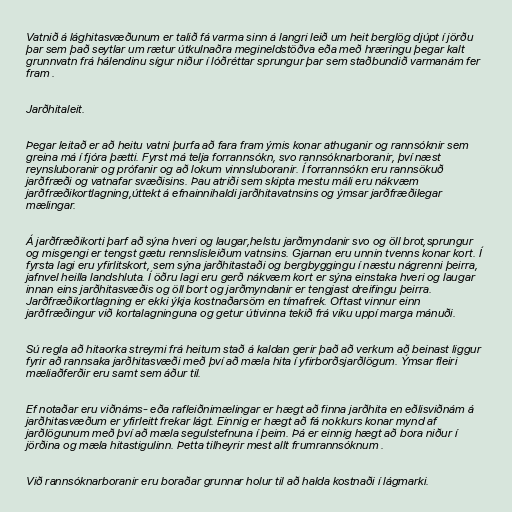
Vatnið á lághitasvæðunum er talið fá varma sinn á langri leið um heit berglög djúpt í jörðu
þar sem það seytlar um rætur útkulnaðra megineldstöðva eða með hræringu þegar kalt
grunnvatn frá hálendinu sígur niður í lóðréttar sprungur þar sem staðbundið varmanám fer
fram .

Jarðhitaleit.

Þegar leitað er að heitu vatni þurfa að fara fram ýmis konar athuganir og rannsóknir sem
greina má í fjóra þætti. Fyrst má telja forrannsókn, svo rannsóknarboranir, því næst
reynsluboranir og prófanir og að lokum vinnsluboranir. Í forrannsókn eru rannsökuð
jarðfræði og vatnafar svæðisins. Þau atriði sem skipta mestu máli eru nákvæm
jarðfræðikortlagning,úttekt á efnainnihaldi jarðhitavatnsins og ýmsar jarðfræðilegar
mælingar.

Á jarðfræðikorti þarf að sýna hveri og laugar,helstu jarðmyndanir svo og öll brot,sprungur
og misgengi er tengst gætu rennslisleiðum vatnsins. Gjarnan eru unnin tvenns konar kort. Í
fyrsta lagi eru yfirlitskort, sem sýna jarðhitastaði og bergbyggingu í næstu nágrenni þeirra,
jafnvel heilla landshluta. Í öðru lagi eru gerð nákvæm kort er sýna einstaka hveri og laugar
innan eins jarðhitasvæðis og öll bort og jarðmyndanir er tengjast dreifingu þeirra.
Jarðfræðikortlagning er ekki ýkja kostnaðarsöm en tímafrek. Oftast vinnur einn
jarðfræðingur við kortalagninguna og getur útivinna tekið frá viku uppí marga mánuði.

Sú regla að hitaorka streymi frá heitum stað á kaldan gerir það að verkum að beinast liggur
fyrir að rannsaka jarðhitasvæði með því að mæla hita í yfirborðsjarðlögum. Ýmsar fleiri
mæliaðferðir eru samt sem áður til.

Ef notaðar eru viðnáms- eða rafleiðnimælingar er hægt að finna jarðhita en eðlisviðnám á
jarðhitasvæðum er yfirleitt frekar lágt. Einnig er hægt að fá nokkurs konar mynd af
jarðlögunum með því að mæla segulstefnuna í þeim. Þá er einnig hægt að bora niður í
jörðina og mæla hitastigulinn. Þetta tilheyrir mest allt frumrannsóknum .

Við rannsóknarboranir eru boraðar grunnar holur til að halda kostnaði í lágmarki.